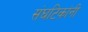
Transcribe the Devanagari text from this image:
संघटिकांनी